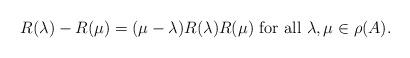
LaTeX: \begin{align*}R(\lambda)-R(\mu)=(\mu-\lambda)R(\lambda)R(\mu)\mbox{ for all }\lambda,\mu\in \rho(A).\end{align*}